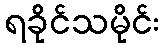
ရခိုင်သမိုင်း